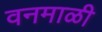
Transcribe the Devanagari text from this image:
वनमाळी